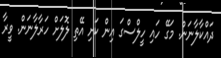
ދައްކާލާނަން. މަގޭ ހައި ހީލްސްގަ އިން ކަށި އޭތި ލޮލަށް ހަރާލާނަން. ވީރާ